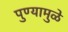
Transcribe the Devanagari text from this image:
पुण्यामुळे